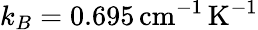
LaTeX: k_{B}=0.695\, \mathrm{cm}^{-1}\, \mathrm{K}^{-1}